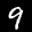
Label: 9